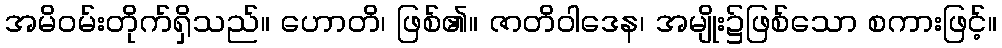
အမိဝမ်းတိုက်ရှိသည်။ ဟောတိ၊ ဖြစ်၏။ ဇာတိဝါဒေန၊ အမျိုး၌ဖြစ်သော စကားဖြင့်။